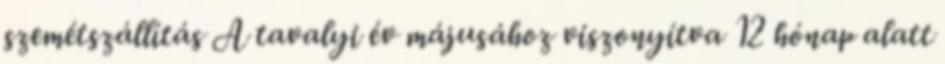
szemétszállítás A tavalyi év májusához viszonyítva 12 hónap alatt